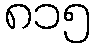
၈၁၅